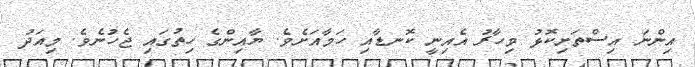
އިންނަ އިސްތަށިކޮޅު މިހާރު އެއިނީ ކޮނޑާއި ހަމާއަށެވެ. ޔާއިންގެ ހިތުގައި ޖެހުނެވެ. މިއަދު